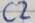
Text: C2